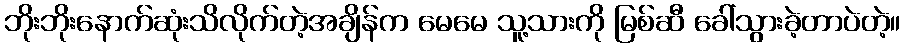
ဘိုးဘိုးနောက်ဆုံးသိလိုက်တဲ့အချိန်က မေမေ သူ့သားကို မြစ်ဆီ ခေါ်သွားခဲ့တာပဲတဲ့။